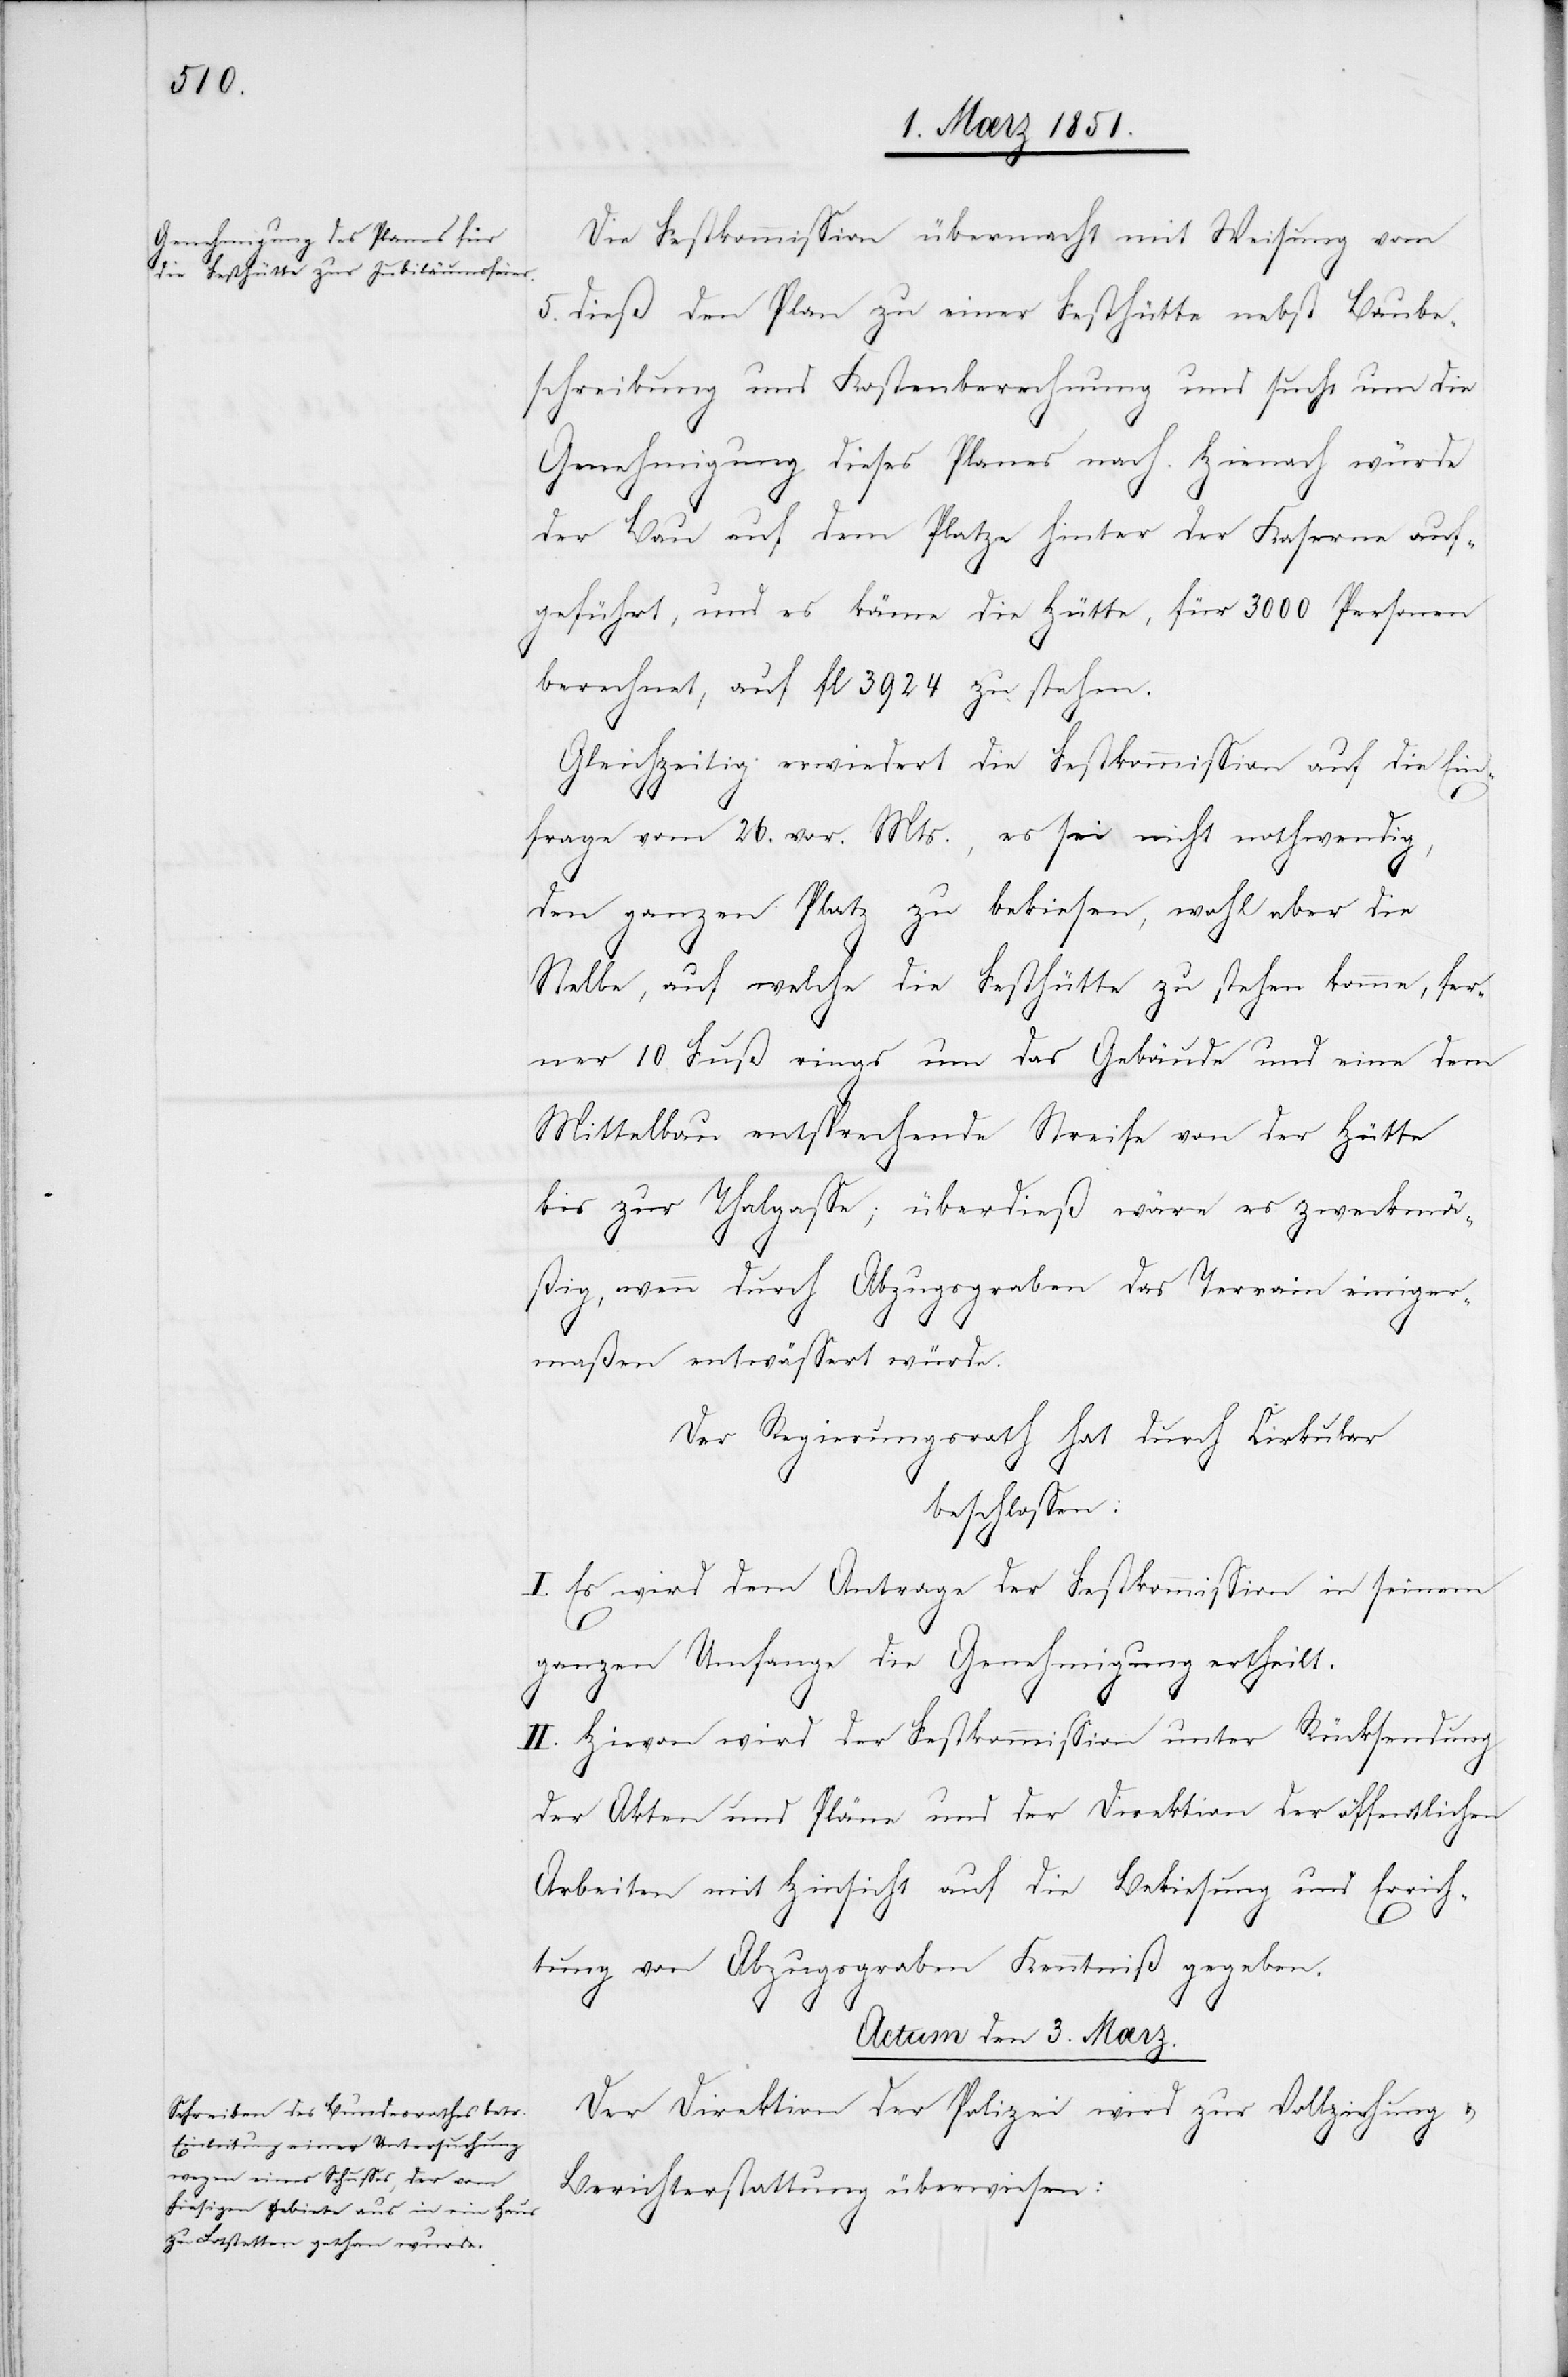
Die Festkommission übermacht mit Weisung vom
5. dieß den Plan zu einer Festhütte nebst Baube¬
schreibung und Kostenberechnung und sucht um die
Genehmigung dieses Planes nach. Hienach würde
der Bau auf dem Platze hinter der Kaserne auf¬
geführt, und es käme die Hütte, für 3000 Personen
berechnet, auf fl 3924 zu stehen.
Gleichzeitig erwiedert die Festkommission auf die Ein¬
frage vom 26. vor. Mts., es sei nicht nothwendig,
den ganzen Platz zu bekiesen, wohl aber die
Stelle, auf welche die Festhütte zu stehen komme, fer¬
ner 10 Fuß rings um das Gebäude und eine dem
Mittelbau entsprechende Streife von der Hütte
bis zur Thalgasse; überdieß wäre es zweckmä¬
ßig, wenn durch Abzugsgraben das Terrain einiger¬
maßen entwässert würde.
Der Regierungsrath hat durch Cirkular
beschlossen:
I. Es wird dem Antrage der Festkommission in seinem
ganzen Umfange die Genehmigung ertheilt.
II. Hievon wird der Festkommission unter Rücksendung
der Akten und Pläne und der Direktion der öffentlichen
Arbeiten mit Hinsicht auf die Bekiesung und Errich¬
tung von Abzugsgraben Kenntniß gegeben.
Actum den 3. Mærz.
Der Direktion der Polizei wird zur Vollziehung &
Berichterstattung überwiesen: